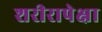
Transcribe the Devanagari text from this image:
शरीरापेक्षा